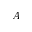
A